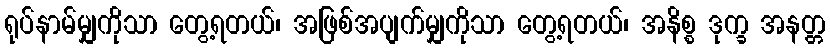
ရုပ်နာမ်မျှကိုသာ တွေ့ရတယ်၊ အဖြစ်အပျက်မျှကိုသာ တွေ့ရတယ်၊ အနိစ္စ ဒုက္ခ အနတ္တ